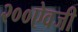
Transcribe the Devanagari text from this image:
२००ऐवजी